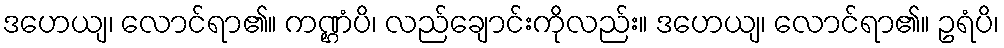
ဒဟေယျ၊ လောင်ရာ၏။ ကဏ္ဌံပိ၊ လည်ချောင်းကိုလည်း။ ဒဟေယျ၊ လောင်ရာ၏။ ဥရံပိ၊